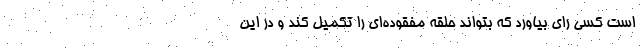
است کسی رای بیاورد که بتواند حلقه مفقوده‌ای را تکمیل کند و در این